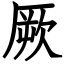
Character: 厥